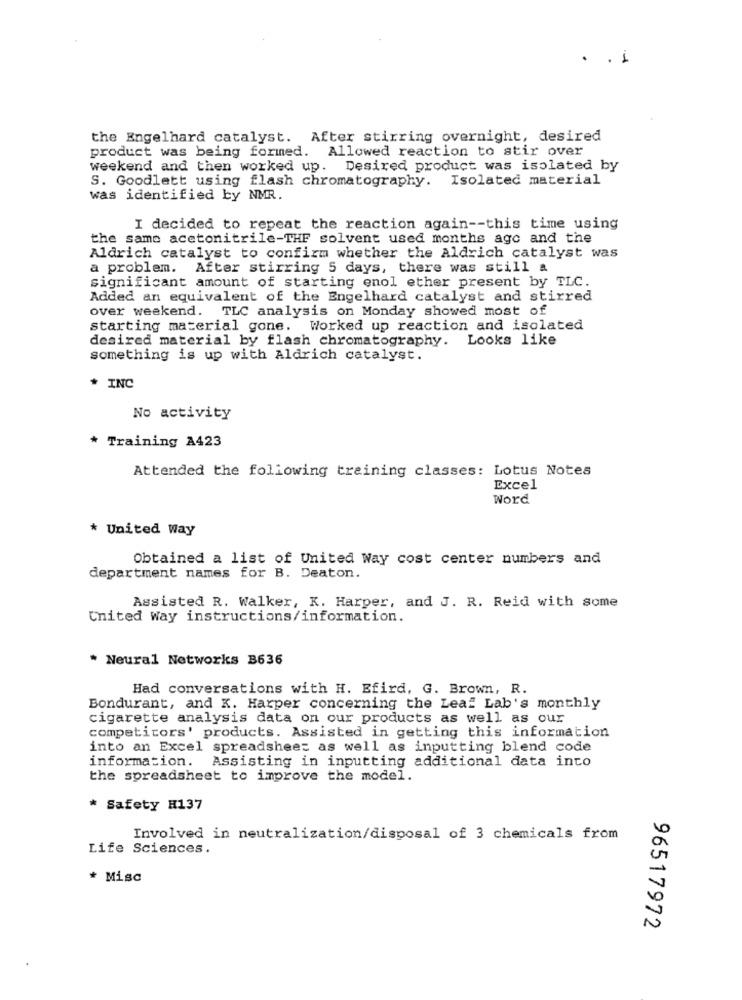
1
the Engelhard catalyst. After stirring overnight, desired
product was being formed. Allowed reaction to stir over
weekend and then worked up. Desired product was isolated by
S. Goodlett using flash chromatography. Isolated material
was identified by NMR.
I decided to repeat the reaction again -- this time using
the same acetonitrile-THF solvent used months ago and the
Aldrich catalyst to confirm whether the Aldrich catalyst was
a problem. After stirring 5 days, there was still a
significant amount of starting enol ether present by TLC.
Added an equivalent of the Engelhard catalyst and stirred
over weekend. TLC analysis on Monday showed most of
starting material gone. Worked up reaction and isolated
desired material by flash chromatography. Looks like
something is up with Aldrich catalyst.
* INC
No activity
* Training A423
Attended the following training classes: Lotus Notes
Excel
Word
* United Way
Obtained a list of United Way cost center numbers and
department names for B. Deaton.
Assisted R. Walker, K. Harper, and J. R. Reid with some
Cnited Way instructions/information.
* Neural Networks B636
Had conversations with H. Efird, G. Brown, R.
Bondurant, and K. Harper concerning the Leal Lab's monthly
cigarette analysis data on our products as well as our
competitors' products. Assisted in getting this information
into an Excel spreadsheet as well as inputting blend code
information.
Assisting in inputting additional data into
the spreadsheet to improve the model.
* Safety H137
Involved in neutralization/disposal of 3 chemicals from
Life Sciences.
* Misc
96517972